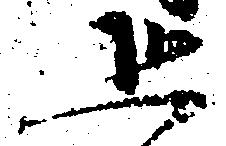
恐